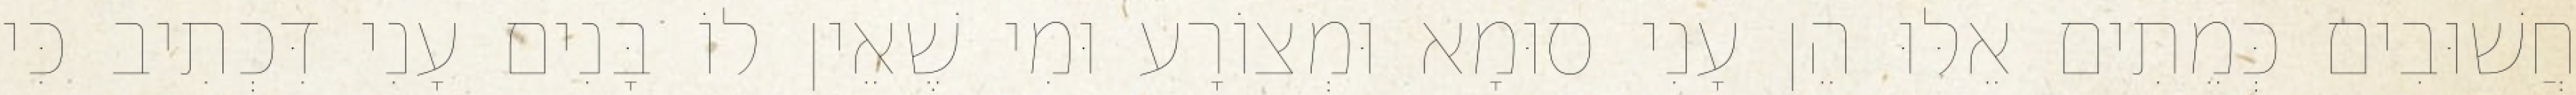
חֲשׁוּבִים כְּמֵתִים אֵלּוּ הֵן עָנִי סוּמָא וּמְצוֹרָע וּמִי שֶׁאֵין לוֹ בָּנִים עָנִי דִּכְתִיב כִּי